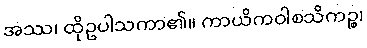
အဿ၊ ထိုဥပါသကာ၏။ ကာယိကဝါစသိကဉ္စ၊